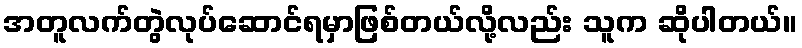
အတူလက်တွဲလုပ်ဆောင်ရမှာဖြစ်တယ်လို့လည်း သူက ဆိုပါတယ်။